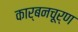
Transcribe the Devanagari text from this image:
कार्बनचूर्ण